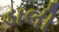
ડાલી